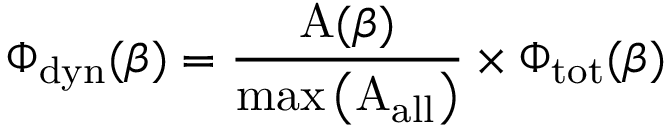
\Phi _ { \mathrm { d y n } } ( \beta ) = \frac { \mathrm { A } ( \beta ) } { \mathrm { m a x } \left( \mathrm { A _ { \mathrm { a l l } } } \right) } \times \Phi _ { \mathrm { t o t } } ( \beta )